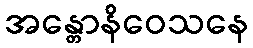
အန္တောနိဝေသနေ